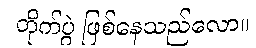
တိုက်ပွဲ ဖြစ်နေသည်လော။